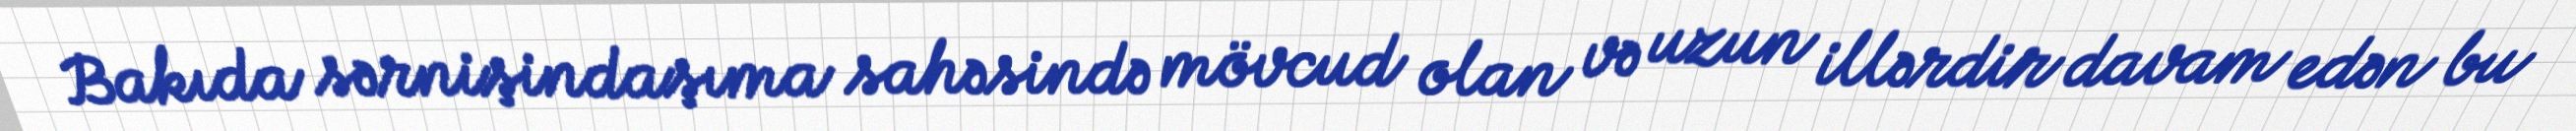
Bakıda sərnişindaşıma sahəsində mövcud olan və uzun illərdir davam edən bu